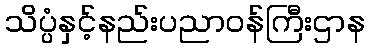
သိပ္ပံနှင့်နည်းပညာဝန်ကြီးဌာန